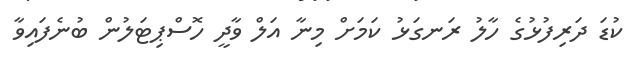
ކުޑަ ދަރިފުޅުގެ ހާލު ރަނގަޅު ކަމަށް މިނާ އަލް ވާދީ ހޮސްޕިޓަލުން ބުނެފައިވާ